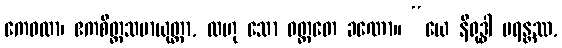
ကေဝလာ၊ ဧကစိတ္တသမာယုတ္တာ, လဟု သော ဝတ္တတေ ခဏော။ “ယေ နိရုဒ္ဓါ မရန္တဿ,